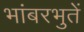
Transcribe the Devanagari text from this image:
भांबरभुतें